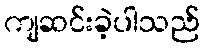
ကျဆင်းခဲ့ပါသည်